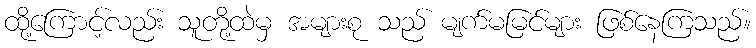
ထို့ကြောင့်လည်း သူတို့ထဲမှ အများစု သည် မျက်မမြင်များ ဖြစ်နေကြသည်။